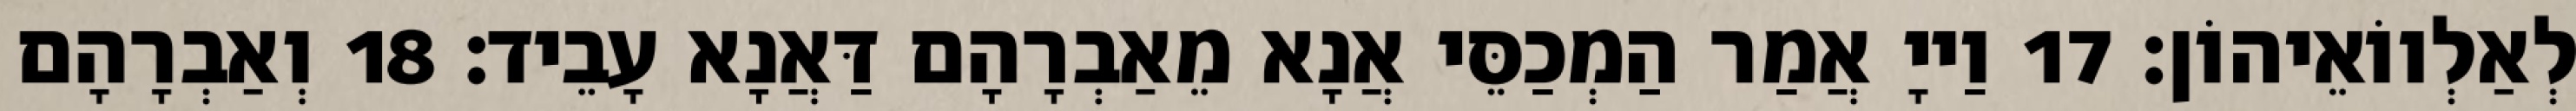
לְאַלְווֹאֵיהוֹן׃ 17 וַייָ אֲמַר הַמְכַסֵּי אֲנָא מֵאַבְרָהָם דַּאֲנָא עָבֵיד׃ 18 וְאַבְרָהָם